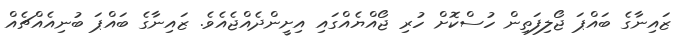
ޒައިނާގެ ބައްޕަ ޖޯލިފަތިން ހުސްކޮށް ހުރި ޖޯއްޔެއްގައި އިށީންދެއްޖެއެވެ. ޒައިނާގެ ބައްޕަ ބުނިއެއްޗެއް